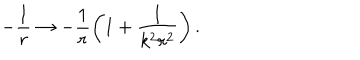
LaTeX: - \frac { 1 } { r } \rightarrow - \frac { 1 } { r } \left( 1 + \frac { 1 } { k ^ { 2 } r ^ { 2 } } \right) .